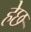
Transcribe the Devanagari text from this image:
हेछ